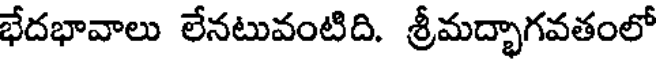
భేదభావాలు లేనటువంటిది. శ్రీమద్భాగవతంలో